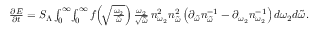
\begin{array} { r } { \frac { \partial E } { \partial t } = S _ { \Lambda } \int _ { 0 } ^ { \infty } \! \int _ { 0 } ^ { \infty } f \! \left( \! \sqrt { \frac { \omega _ { 2 } } { \tilde { \omega } } } \right) \frac { \omega _ { 2 } } { \sqrt { \tilde { \omega } } } \, n _ { \omega _ { 2 } } ^ { 2 } n _ { \tilde { \omega } } ^ { 2 } \left( \partial _ { \tilde { \omega } } n _ { \tilde { \omega } } ^ { - 1 } - \partial _ { \omega _ { 2 } } n _ { \omega _ { 2 } } ^ { - 1 } \right) d \omega _ { 2 } d \tilde { \omega } . } \end{array}